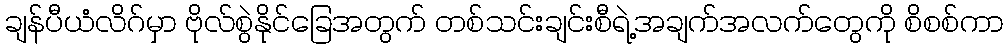
ချန်ပီယံလိဂ်မှာ ဗိုလ်စွဲနိုင်ခြေအတွက် တစ်သင်းချင်းစီရဲ့အချက်အလက်တွေကို စိစစ်ကာ